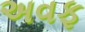
અવફ